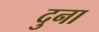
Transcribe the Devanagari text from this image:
दुना